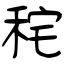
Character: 秺